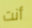
أنت